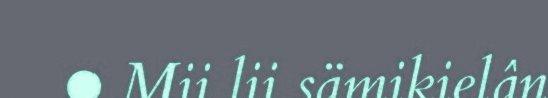
● Mii lii sämikielân